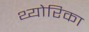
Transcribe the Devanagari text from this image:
थ्योरिका